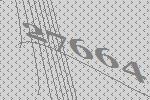
27664